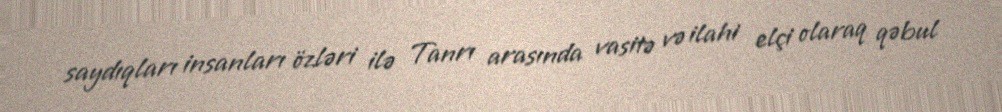
saydıqları insanları özləri ilə Tanrı arasında vasitə və ilahi elçi olaraq qəbul